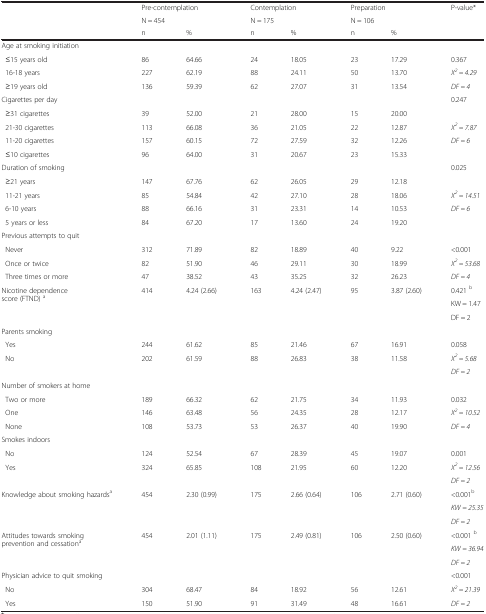
<table><thead><tr><td rowspan="3"></td><td colspan="2"><b>Pre-contemplation</b></td><td colspan="2"><b>Contemplation</b></td><td colspan="2"><b>Preparation</b></td><td rowspan="2"><b>P-value*</b></td></tr><tr><td colspan="2"><b>N = 454</b></td><td colspan="2"><b>N = 175</b></td><td colspan="2"><b>N = 106</b></td></tr><tr><td><b>n</b></td><td><b>%</b></td><td><b>n</b></td><td><b>%</b></td><td><b>n</b></td><td><b>%</b></td><td></td></tr></thead><tbody><tr><td>Age at smoking initiation</td><td></td><td></td><td></td><td></td><td></td><td></td><td></td></tr><tr><td> ≤15 years old</td><td>86</td><td>64.66</td><td>24</td><td>18.05</td><td>23</td><td>17.29</td><td>0.367</td></tr><tr><td> 16-18 years</td><td>227</td><td>62.19</td><td>88</td><td>24.11</td><td>50</td><td>13.70</td><td><i>X</i><sup><i>2</i></sup> <i>= 4.29</i></td></tr><tr><td> ≥19 years old</td><td>136</td><td>59.39</td><td>62</td><td>27.07</td><td>31</td><td>13.54</td><td><i>DF = 4</i></td></tr><tr><td>Cigarettes per day</td><td></td><td></td><td></td><td></td><td></td><td></td><td>0.247</td></tr><tr><td> ≥31 cigarettes</td><td>39</td><td>52.00</td><td>21</td><td>28.00</td><td>15</td><td>20.00</td><td></td></tr><tr><td> 21-30 cigarettes</td><td>113</td><td>66.08</td><td>36</td><td>21.05</td><td>22</td><td>12.87</td><td><i>X</i><sup><i>2</i></sup> <i>= 7.87</i></td></tr><tr><td> 11-20 cigarettes</td><td>157</td><td>60.15</td><td>72</td><td>27.59</td><td>32</td><td>12.26</td><td rowspan="2"><i>DF = 6</i></td></tr><tr><td> ≤10 cigarettes</td><td>96</td><td>64.00</td><td>31</td><td>20.67</td><td>23</td><td>15.33</td></tr><tr><td>Duration of smoking</td><td></td><td></td><td></td><td></td><td></td><td></td><td>0.025</td></tr><tr><td> ≥21 years</td><td>147</td><td>67.76</td><td>62</td><td>26.05</td><td>29</td><td>12.18</td><td></td></tr><tr><td> 11-21 years</td><td>85</td><td>54.84</td><td>42</td><td>27.10</td><td>28</td><td>18.06</td><td><i>X</i><sup><i>2</i></sup> <i>= 14.51</i></td></tr><tr><td> 6-10 years</td><td>88</td><td>66.16</td><td>31</td><td>23.31</td><td>14</td><td>10.53</td><td rowspan="2"><i>DF = 6</i></td></tr><tr><td> 5 years or less</td><td>84</td><td>67.20</td><td>17</td><td>13.60</td><td>24</td><td>19.20</td></tr><tr><td>Previous attempts to quit</td><td></td><td></td><td></td><td></td><td></td><td></td><td></td></tr><tr><td> Never</td><td>312</td><td>71.89</td><td>82</td><td>18.89</td><td>40</td><td>9.22</td><td>&lt;0.001</td></tr><tr><td> Once or twice</td><td>82</td><td>51.90</td><td>46</td><td>29.11</td><td>30</td><td>18.99</td><td><i>X</i><sup><i>2</i></sup> <i>= 53.68</i></td></tr><tr><td> Three times or more</td><td>47</td><td>38.52</td><td>43</td><td>35.25</td><td>32</td><td>26.23</td><td><i>DF = 4</i></td></tr><tr><td rowspan="3">Nicotine dependence score (FTND) <sup>a</sup></td><td rowspan="3">414</td><td rowspan="3">4.24 (2.66)</td><td rowspan="3">163</td><td rowspan="3">4.24 (2.47)</td><td rowspan="3">95</td><td rowspan="3">3.87 (2.60)</td><td>0.421 <sup>b</sup></td></tr><tr><td>KW = 1.47</td></tr><tr><td>DF = 2</td></tr><tr><td>Parents smoking</td><td></td><td></td><td></td><td></td><td></td><td></td><td></td></tr><tr><td> Yes</td><td>244</td><td>61.62</td><td>85</td><td>21.46</td><td>67</td><td>16.91</td><td>0.058</td></tr><tr><td rowspan="2"> No</td><td rowspan="2">202</td><td rowspan="2">61.59</td><td rowspan="2">88</td><td rowspan="2">26.83</td><td rowspan="2">38</td><td rowspan="2">11.58</td><td><i>X</i><sup><i>2</i></sup> <i>= 5.68</i></td></tr><tr><td><i>DF = 2</i></td></tr><tr><td>Number of smokers at home</td><td></td><td></td><td></td><td></td><td></td><td></td><td></td></tr><tr><td> Two or more</td><td>189</td><td>66.32</td><td>62</td><td>21.75</td><td>34</td><td>11.93</td><td>0.032</td></tr><tr><td> One</td><td>146</td><td>63.48</td><td>56</td><td>24.35</td><td>28</td><td>12.17</td><td><i>X</i><sup><i>2</i></sup> <i>= 10.52</i></td></tr><tr><td> None</td><td>108</td><td>53.73</td><td>53</td><td>26.37</td><td>40</td><td>19.90</td><td><i>DF = 4</i></td></tr><tr><td>Smokes indoors</td><td></td><td></td><td></td><td></td><td></td><td></td><td></td></tr><tr><td> No</td><td>124</td><td>52.54</td><td>67</td><td>28.39</td><td>45</td><td>19.07</td><td>0.001</td></tr><tr><td rowspan="2"> Yes</td><td rowspan="2">324</td><td rowspan="2">65.85</td><td rowspan="2">108</td><td rowspan="2">21.95</td><td rowspan="2">60</td><td rowspan="2">12.20</td><td><i>X</i><sup><i>2</i></sup> <i>= 12.56</i></td></tr><tr><td><i>DF = 2</i></td></tr><tr><td rowspan="3">Knowledge about smoking hazards<sup>a</sup></td><td rowspan="3">454</td><td rowspan="3">2.30 (0.99)</td><td rowspan="3">175</td><td rowspan="3">2.66 (0.64)</td><td rowspan="3">106</td><td rowspan="3">2.71 (0.60)</td><td>&lt;0.001<sup>b</sup></td></tr><tr><td><i>KW = 25.35</i></td></tr><tr><td><i>DF = 2</i></td></tr><tr><td rowspan="3">Attitudes towards smoking prevention and cessation<sup>a</sup></td><td rowspan="3">454</td><td rowspan="3">2.01 (1.11)</td><td rowspan="3">175</td><td rowspan="3">2.49 (0.81)</td><td rowspan="3">106</td><td rowspan="3">2.50 (0.60)</td><td>&lt;0.001 <sup>b</sup></td></tr><tr><td><i>KW = 36.94</i></td></tr><tr><td><i>DF = 2</i></td></tr><tr><td>Physician advice to quit smoking</td><td></td><td></td><td></td><td></td><td></td><td></td><td>&lt;0.001</td></tr><tr><td> No</td><td>304</td><td>68.47</td><td>84</td><td>18.92</td><td>56</td><td>12.61</td><td><i>X</i><sup><i>2</i></sup> <i>= 21.39</i></td></tr><tr><td> Yes</td><td>150</td><td>51.90</td><td>91</td><td>31.49</td><td>48</td><td>16.61</td><td><i>DF = 2</i></td></tr></tbody></table>